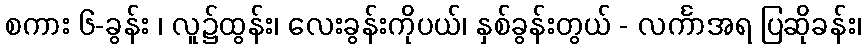
စကား ၆-ခွန်း ၊ လူ၌ထွန်း၊ လေးခွန်းကိုပယ်၊ နှစ်ခွန်းတွယ် - လင်္ကာအရ ပြဆိုခန်း၊